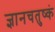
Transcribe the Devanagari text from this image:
ज्ञानचतुष्कं